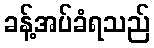
ခန့်အပ်ခံရသည်